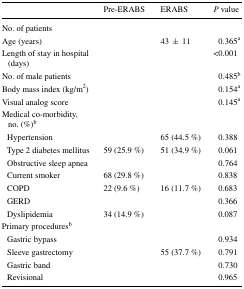
<table><thead><tr><td>[EMPTY_CELL]</td><td><b>Pre-ERABS</b></td><td><b>ERABS</b></td><td><b><i>P</i> value</b></td></tr></thead><tbody><tr><td>No. of patients</td><td>[EMPTY_CELL]</td><td>[EMPTY_CELL]</td><td>[EMPTY_CELL]</td></tr><tr><td>Age (years)</td><td>[EMPTY_CELL]</td><td>43±11</td><td>0.365<sup>a</sup></td></tr><tr><td>Length of stay in hospital (days)</td><td>[EMPTY_CELL]</td><td>[EMPTY_CELL]</td><td>&lt;0.001</td></tr><tr><td>No. of male patients</td><td>[EMPTY_CELL]</td><td>[EMPTY_CELL]</td><td>0.485<sup>b</sup></td></tr><tr><td>Body mass index (kg/m<sup>2</sup>)</td><td>[EMPTY_CELL]</td><td>[EMPTY_CELL]</td><td>0.154<sup>a</sup></td></tr><tr><td>Visual analog score</td><td>[EMPTY_CELL]</td><td>[EMPTY_CELL]</td><td>0.145<sup>a</sup></td></tr><tr><td colspan="4">Medical co-morbidity, no. (%)<sup>b</sup></td></tr><tr><td> Hypertension</td><td>[EMPTY_CELL]</td><td>65 (44.5 %)</td><td>0.388</td></tr><tr><td> Type 2 diabetes mellitus</td><td>59 (25.9 %)</td><td>51 (34.9 %)</td><td>0.061</td></tr><tr><td> Obstructive sleep apnea</td><td>[EMPTY_CELL]</td><td>[EMPTY_CELL]</td><td>0.764</td></tr><tr><td> Current smoker</td><td>68 (29.8 %)</td><td>[EMPTY_CELL]</td><td>0.838</td></tr><tr><td> COPD</td><td>22 (9.6 %)</td><td>16 (11.7 %)</td><td>0.683</td></tr><tr><td> GERD</td><td>[EMPTY_CELL]</td><td>[EMPTY_CELL]</td><td>0.366</td></tr><tr><td> Dyslipidemia</td><td>34 (14.9 %)</td><td>[EMPTY_CELL]</td><td>0.087</td></tr><tr><td colspan="4">Primary procedures<sup>b</sup></td></tr><tr><td> Gastric bypass</td><td>[EMPTY_CELL]</td><td>[EMPTY_CELL]</td><td>0.934</td></tr><tr><td> Sleeve gastrectomy</td><td>[EMPTY_CELL]</td><td>55 (37.7 %)</td><td>0.791</td></tr><tr><td> Gastric band</td><td>[EMPTY_CELL]</td><td>[EMPTY_CELL]</td><td>0.730</td></tr><tr><td> Revisional</td><td>[EMPTY_CELL]</td><td>[EMPTY_CELL]</td><td>0.965</td></tr></tbody></table>